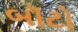
બૉટો